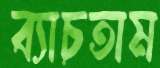
ব্যাচতাম